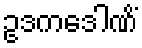
ဥဒကဒေါဏိံ